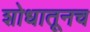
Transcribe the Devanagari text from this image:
शोधातूनच